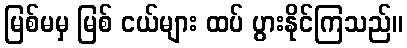
မြစ်မမှ မြစ် ငယ်များ ထပ် ပွားနိုင်ကြသည်။